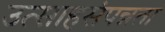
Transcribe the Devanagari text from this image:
उत्साहसंपन्नता